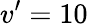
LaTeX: v’=10